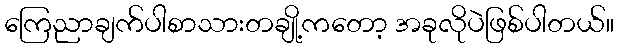
ကြေညာချက်ပါစာသားတချို့ကတော့ အခုလိုပဲဖြစ်ပါတယ်။